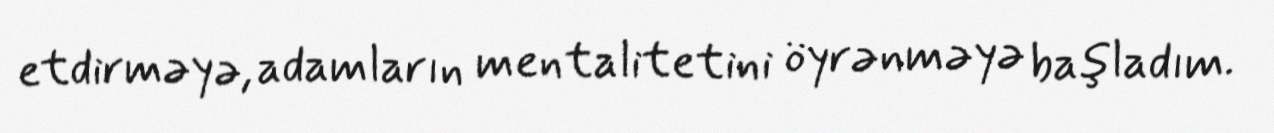
etdirməyə, adamların mentalitetini öyrənməyə başladım.